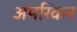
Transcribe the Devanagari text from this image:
अमरिकन